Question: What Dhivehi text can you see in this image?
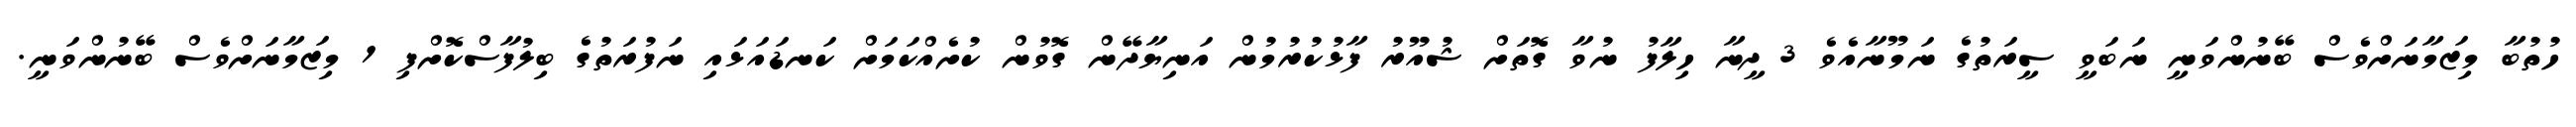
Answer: ހުތުބާ މިޒަމާނަށްވެސް ބޭނުންވަނީ ނަބަވީ ސީރަތުގެ ނަމޫނާއެވެ 3 ދީނާ ހިލާފު ނުވާ ގޮތަށް ޝުއޫރު ފާޅުކުރުމުން އަނިޔާދޭން ގޮވުން ކުށެއްކަމަށް ކަނޑައަޅައި ނަފުރަތުގެ ބިލުފާސްކޮށްފި 1 މިޒަމާނަށްވެސް ބޭނުންވަނީ.